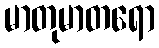
မာတုမာတရော